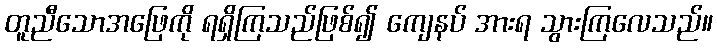
တူညီသောအဖြေကို ရရှိကြသည်ဖြစ်၍ ကျေနပ် အားရ သွားကြလေသည်။